Civil Veterinary Dept. North-West Frontier Province 1933-46 - 1933-1946
Year: 1933
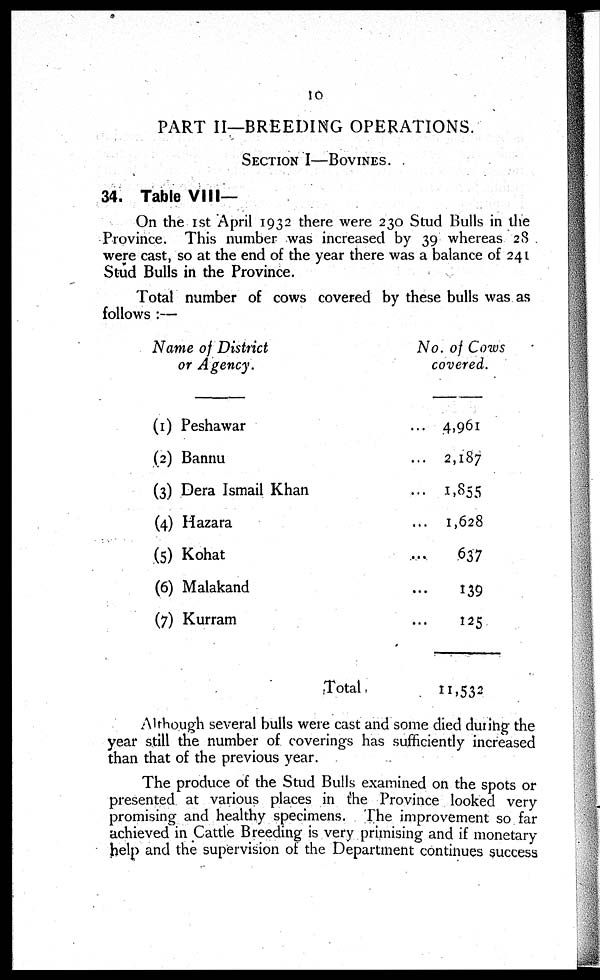
10
PART II—BREEDING OPERATIONS.
SECTION I—BOVINES.
34. Table VIII—
On the 1st April 1932 there were 230 Stud Bulls in the
Province. This number was increased by 39 whereas 28
were cast, so at the end of the year there was a balance of 241
Stud Bulls in the Province.
Total number of cows covered by these bulls was as
follows :—
Name of District
or Agency.
(1) Peshawar
(2) Bannu
(3) Dera Ismail Khan
(4) Hazara
(5) Kohat
(6) Malakand
(7) Kurram
Total
No. of Cows
covered.
... 4,961
... 2,187
...
1,855
...
1,628
... 637
... 139
... 125
11,532
Although several bulls were cast and some died during the
year still the number of coverings has sufficiently increased
than that of the previous year.
The produce of the Stud Bulls examined on the spots or
presented at various places in the Province looked very
promising and healthy specimens. The improvement so far
achieved in Cattle Breeding is very primising and if monetary
help and the supervision of the Department continues success